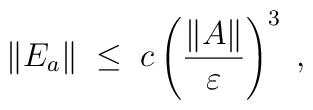
\|E_a\| \;\leq\; c \left( \frac{\|A\|}{\varepsilon} \right)^3 \;,